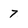
Character: 7